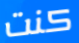
كنت